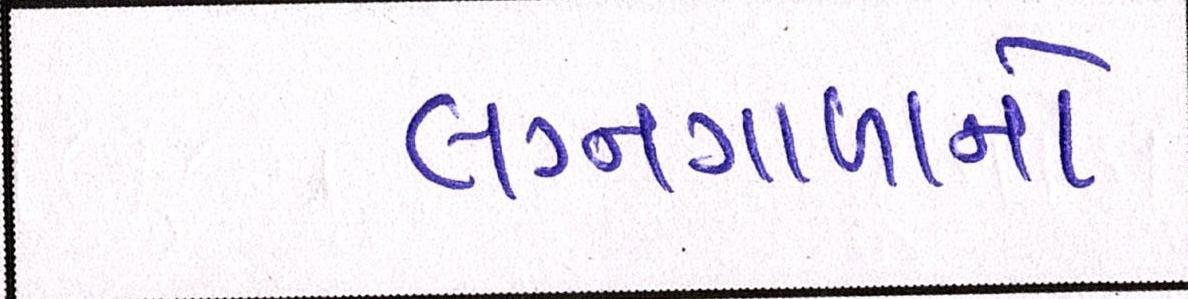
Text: લગ્નગાળાનો